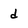
Character: d